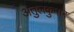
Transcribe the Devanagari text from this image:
अतुलकुमार